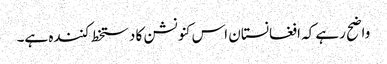
واضح رہے کہ افغانستان اس کنونشن کا دستخط کنندہ ہے۔